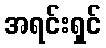
အရင်းရှင်